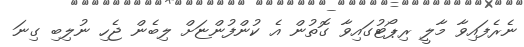
ނެރެފައިވާ މާލީ ރިޕޯޓުގައިވާ ގޮތުން އެ ކުންފުންޏަށް ލިބެން ޖެހި ނުލިބި ގިނަ